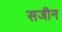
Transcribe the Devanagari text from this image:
सजीन